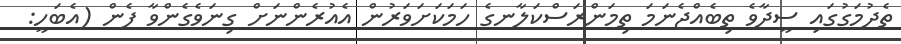
ތެދުމަގުގައި ސީދާވެ ތިބެއްޖެނަމަ ތިމަންރަސްކަލާނގެ ހަމަކަށަވަރުން އެއުރެންނަށް ގިނަވެގެންވާ ފެން (އެބަހީ: